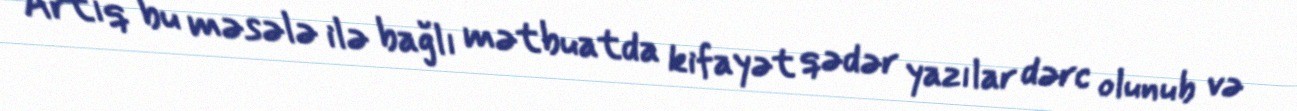
Artıq bu məsələ ilə bağlı mətbuatda kifayət qədər yazılar dərc olunub və